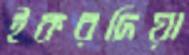
ইকরদিয়া